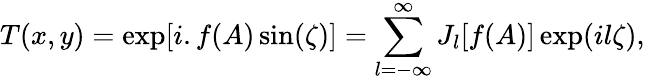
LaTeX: T(x,y)=\exp[i.f(A)\sin(\zeta)]=\sum_{l=-\infty}^{\infty}J_{l}[f(A)]\exp(il\zeta),